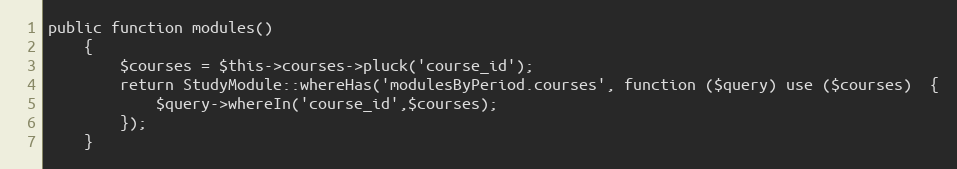
Language: PHP
public function modules()
    {
        $courses = $this->courses->pluck('course_id');
        return StudyModule::whereHas('modulesByPeriod.courses', function ($query) use ($courses)  {
            $query->whereIn('course_id',$courses);
        });
    }